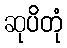
ဆုပိတုံ